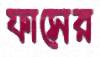
ফাসের